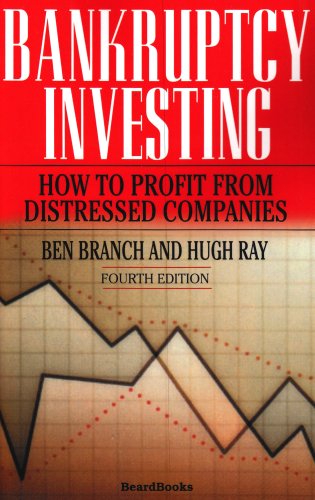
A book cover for Bankruptcy Investing - How to Profit From Distressed Companies; Ben Branch; Law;